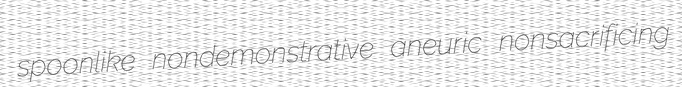
spoonlike nondemonstrative aneuric nonsacrificing